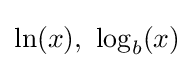
\ln(x),\ \log _{b}(x)